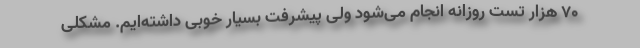
۷۰ هزار تست روزانه انجام می‌شود ولی پیشرفت بسیار خوبی داشته‌ایم. مشکلی